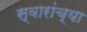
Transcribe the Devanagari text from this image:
स्वारांच्या